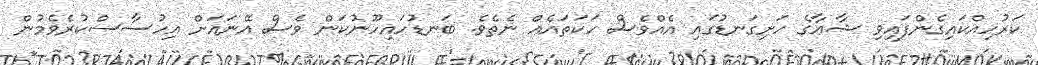
ކަރުހިއްކައިގެންފައިވި ޝާޢާގެ ހަށިގަނޑުގައި އެއްވެސް ހަކަތައެއް ނެތެވެ. ބަނޑުހައިހޫނުކަން ވެސް އޭނައަށް އިހުސާސްކުރެވެމުން